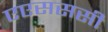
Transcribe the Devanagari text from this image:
एएसससी